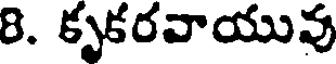
8. కృకరవాయువు